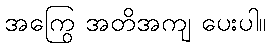
အကြွေ အတိအကျ ပေးပါ။